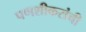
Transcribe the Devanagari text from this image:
पणशीकरांची